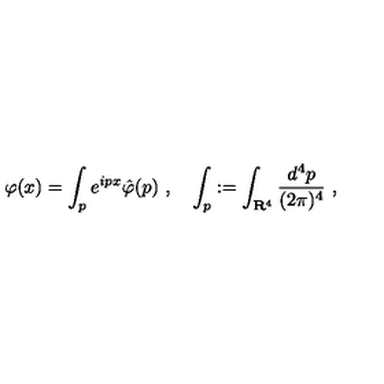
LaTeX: \varphi ( x ) = \int _ { p } e ^ { i p x } \hat { \varphi } ( p ) \ , \quad \int _ { p } : = \int _ { \mathbf { R } ^ { 4 } } \frac { d ^ { 4 } p } { ( 2 \pi ) ^ { 4 } } \ ,